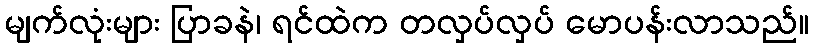
မျက်လုံးများ ပြာခနဲ၊ ရင်ထဲက တလှပ်လှပ် မောပန်းလာသည်။